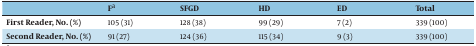
|  | F a | SFGD | HD | ED | Total |
 | --- | --- | --- | --- | --- | --- |
 | First Reader, No. (%) | 105 (31) | 128 (38) | 99 (29) | 7 (2) | 339 (100) |
 | Second Reader, No. (%) | 91 (27) | 124 (36) | 115 (34) | 9 (3) | 339 (100) |